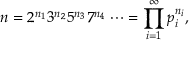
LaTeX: n = 2 ^ { n _ { 1 } } 3 ^ { n _ { 2 } } 5 ^ { n _ { 3 } } 7 ^ { n _ { 4 } } \cdots = \prod _ { i = 1 } ^ { \infty } p _ { i } ^ { n _ { i } } ,